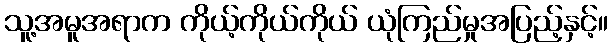
သူ့အမူအရာက ကိုယ့်ကိုယ်ကိုယ် ယုံကြည်မှုအပြည့်နှင့်။